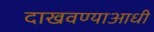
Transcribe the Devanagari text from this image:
दाखवण्याआधी